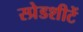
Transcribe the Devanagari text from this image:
स्प्रेडशीटें